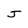
Character: J